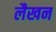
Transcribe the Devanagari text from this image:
लैखन